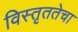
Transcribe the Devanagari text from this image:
विस्तृततेचा